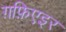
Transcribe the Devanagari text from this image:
ग़फ़िएइर